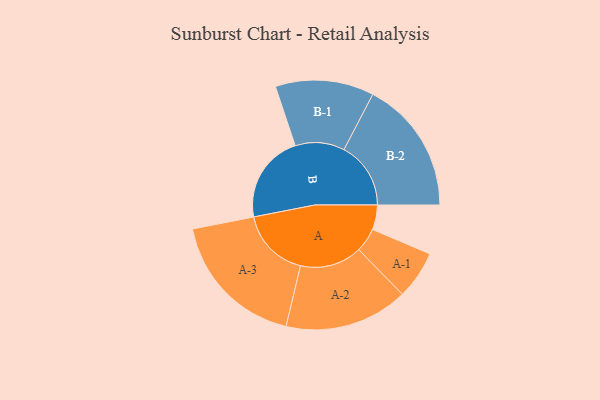
{"axis": {"x": "Segment", "y": "Value"}, "legend": ["", "A", "B"], "data": [{"x": "A", "y": 104, "type": ""}, {"x": "B", "y": 373, "type": ""}, {"x": "A-1", "y": 102, "type": "A"}, {"x": "A-2", "y": 261, "type": "A"}, {"x": "A-3", "y": 296, "type": "A"}, {"x": "B-1", "y": 208, "type": "B"}, {"x": "B-2", "y": 282, "type": "B"}]}